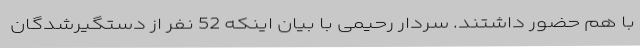
با هم حضور داشتند. سردار رحیمی با بیان اینکه 52 نفر از دستگیرشدگان